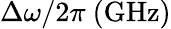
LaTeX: \Delta\omega/2\pi~\mathrm{(GHz)}